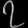
Digit: ၇